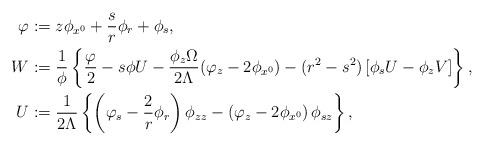
LaTeX: \begin{align*}\varphi &:=z\phi_{x^0}+\frac{s}{r}\phi_r+\phi_s,\\W&:=\frac{1}{\phi}\left\{\frac{\varphi}{2}-s\phi U - \frac{\phi_z\Omega}{2\Lambda}(\varphi_z-2\phi_{x^0})-(r^2-s^2)\left[{\phi_s}U-{\phi_z}V\right]\right\},\\U&:=\frac{1}{2\Lambda}\left\{\left(\varphi_s-\frac{2}{r}\phi_r\right)\phi_{zz}-\left(\varphi_z-2\phi_{x^0}\right)\phi_{sz}\right\},\end{align*}